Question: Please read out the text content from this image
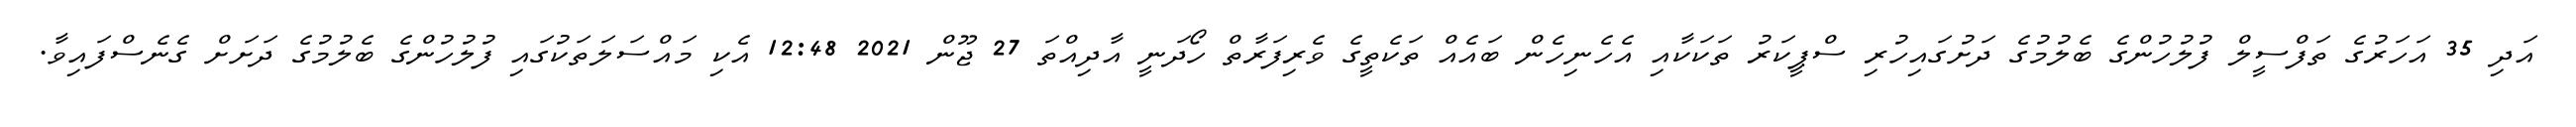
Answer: އަދި 35 އަހަރުގެ ތަފްސީލް ފުލުހުންގެ ބެލުމުގެ ދަށުގައިހުރި ސްޕީކަރު ތަކަކާއި އެހެނިހެން ބައެއް ތަކެތީގެ ވެރިފަރާތް ހޯދަނީ އާދިއްތަ 27 ޖޫން 2021 12:48 އެކި މައްސަލަތަކުގައި ފުލުހުންގެ ބެލުމުގެ ދަށަށް ގެނެސްފައިވާ.